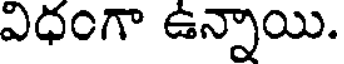
విధంగా ఉన్నాయి.